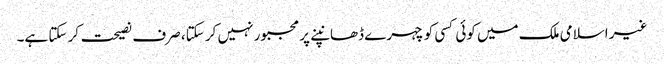
غیر اسلامی ملک میں کوئی کسی کو چہرے ڈھانپنے پر مجبور نہیں کر سکتا، صرف نصیحت کر سکتا ہے۔